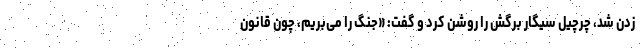
زدن شد، چرچیل سیگار برگش را روشن کرد و گفت: «جنگ را می‌بریم، چون قانون